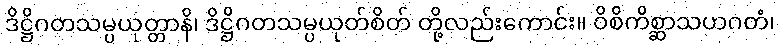
ဒိဋ္ဌိဂတသမ္ပယုတ္တာနိ၊ ဒိဋ္ဌိဂတသမ္ပယုတ်စိတ် တို့လည်းကောင်း။ ဝိစိကိစ္ဆာသဟဂတံ၊